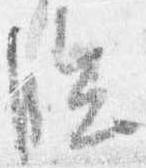
臨